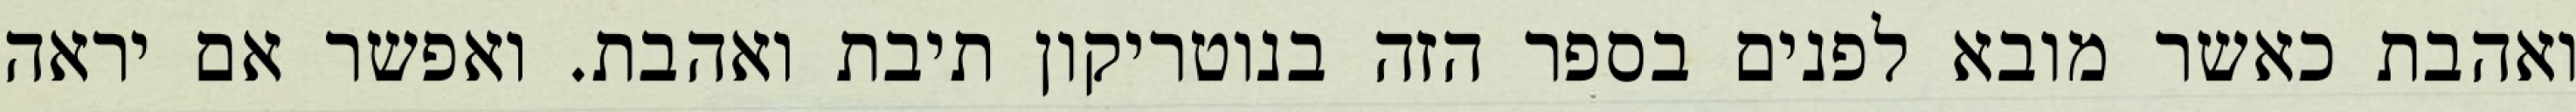
ואהבת כאשר מובא לפנים בספר הזה בנוטריקון תיבת ואהבת. ואפשר אם יראה